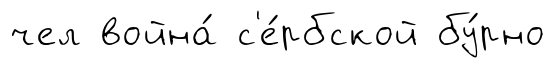
чел война́ с'е́рбской бу́рно